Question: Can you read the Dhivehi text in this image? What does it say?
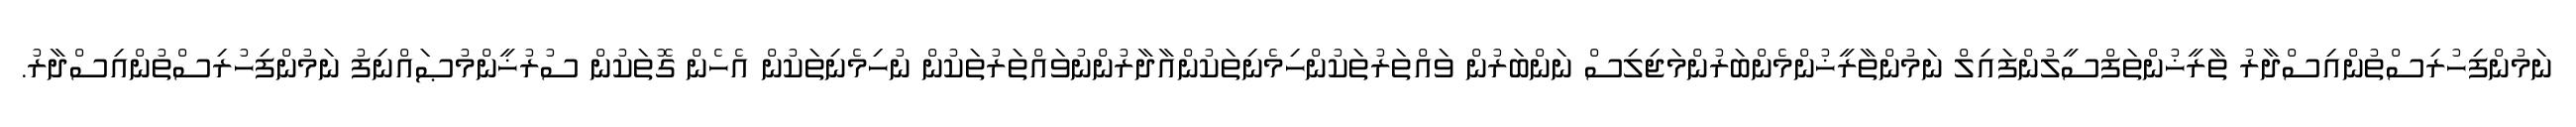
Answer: ނަމުންފިހުރިސްތުންއިސްދާރު ތާރީޚުންތަފްސީލުންފައިލް ނަމުންތާރީޚުންމެންބަރުންމަޖިލިސް ނަންބަރުން ވައްތަރުތަކުންހިމެނިތަކުންއާދާރުންނުވައްތަރުތަކުން ނުހިމެނިތަކުން އެހެން ގޮތަކުން ސުރުޚީންމުޞައްނިފު ނަމުންފިހުރިސްތުންއިސްދާރު.